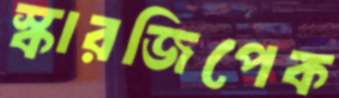
স্কারজিপেক